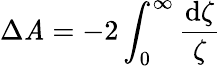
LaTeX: \Delta{\cal\mathit{A}}=-2\int_{0}^{\infty}\frac{{\mathrm{{d}}\zeta}}{{\zeta}}